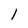
Character: 1